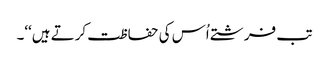
تب فرشتے اُس کی حفاظت کرتے ہیں‘‘۔